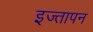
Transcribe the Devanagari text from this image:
इज्तापन